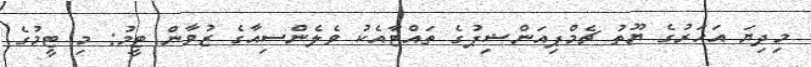
މިދިޔަ އަހަރުގެ ޔޫތު ޗެމްޕިއަންޝިޕުގެ ތައްޓާއެކު ވެލެންސިއާގެ ޒުވާން ޓީމު: މި ޓީމުގެ